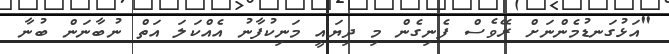
"އަޅުގަނޑުމެންނަށް ރޭވެސް ފެނިގެން މި ދިޔައީ މަނިކުފާނު އެއްކަލަ އަތް ނުބާނަން ބުނާ